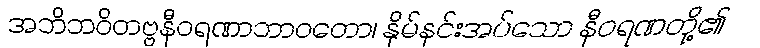
အဘိဘဝိတဗ္ဗနီဝရဏာဘာဝတော၊ နှိမ်နင်းအပ်သော နီဝရဏတို့၏